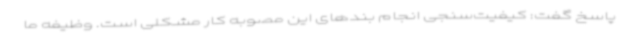
پاسخ گفت: کیفیت‌سنجی انجام بندهای این مصوبه کار مشکلی است. وظیفه ما